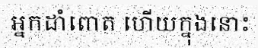
អ្នកដាំពោត ហើយក្នុងនោះ